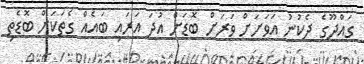
ގައްދޫގެ ދެކުނު އަވަށަށް ވަރަށް ބޮޑަށް އުދަ އަރައި ބައެއް ގެތަކަށް ބޮޑެތި